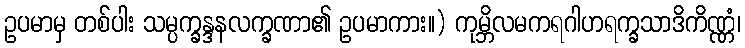
ဥပမာမှ တစ်ပါး သမ္ပက္ခန္ဒနလက္ခဏာ၏ ဥပမာကား။) ကုမ္ဘိလမကရဂါဟရက္ခသာဒိကိဏ္ဏံ၊